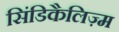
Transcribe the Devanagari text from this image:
सिंडिकैलिज़्म